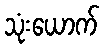
သုံးယောက်